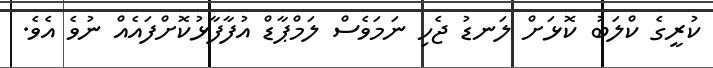
ކުރީގެ ކްލަބު ކޮޅަށް ލަނޑު ޖެހި ނަމަވެސް ލަމްޕާޑް އުފާފާޅުކޮށްފައެއް ނުވެ އެވެ.